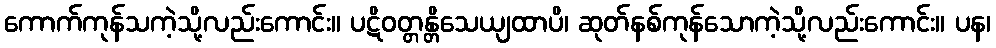
ကောက်ကုန်သကဲ့သို့လည်းကောင်း။ ပဋိဝတ္တန္တိသေယျထာပိ၊ ဆုတ်နစ်ကုန်သောကဲ့သို့လည်းကောင်း။ ပန၊